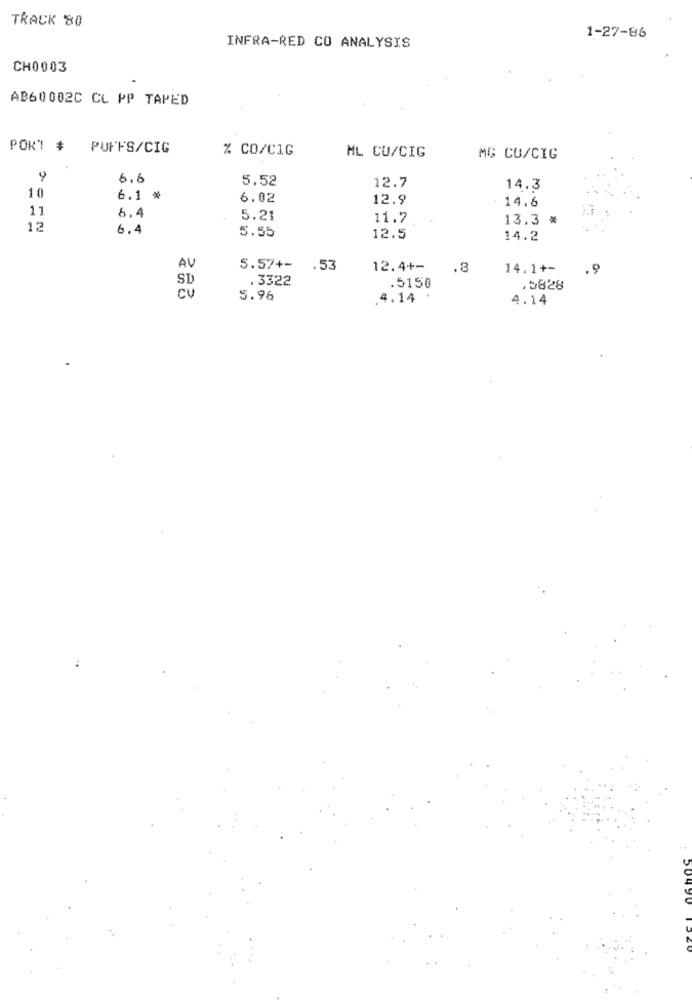
TRACK 80
1-27-86
INFRA-RED CO ANALYSIS
CH0003
AB60002C CL PP TAPED
PORT #
PUFFS/CIG
% CO/CIG
ML CU/CIG
MG CO/CIG
9
6.6
5,52
10
12.7
14.3
6.1 *
6.02
12.9
14.6
11
6.4
5.21
11.7
13.3 *
12
6.4
5.55
12.5
14.2
AV
5.57+-
.53
12.4+-
.8
14.1+-
.9
SD
. 3322
.5150
.5828
cv
5.96
.4.14 '
4.14